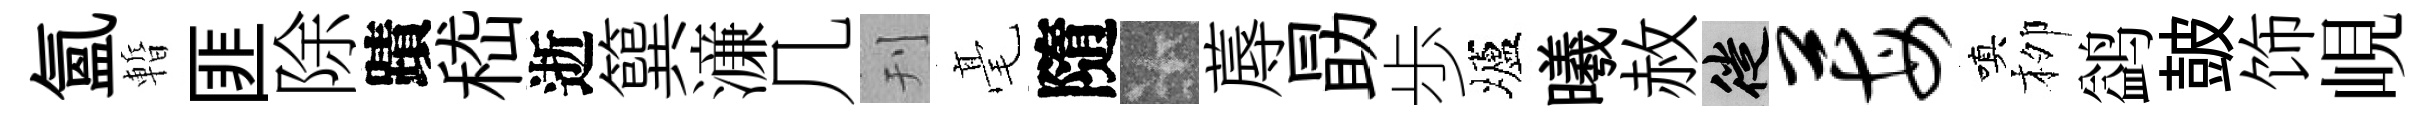
氳暫匪除蹟嵇逝簨濓几刊毫隨卡蓐勗歩壚曦赦徙莓嗔栁鹢皷饰峴